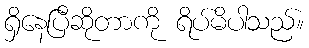
ရှိနေပြီဆိုတာကို ရိပ်မိပါသည်။